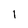
Character: l